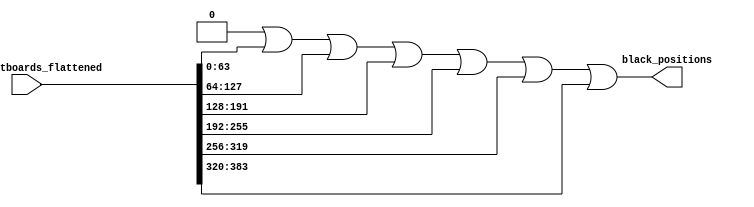
module Black_Position(
    //inputs
    piece_bitboards_flattened,
    //outputs
    black_positions
);
input [12*64-1:0] piece_bitboards_flattened;
output reg [63:0] black_positions;
integer i;

always @* begin
    black_positions = 0;
    i = 0;
    for (i = 0; i < 6; i = i + 1)
        black_positions = black_positions | piece_bitboards_flattened[64*i +: 64];
end

endmodule